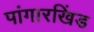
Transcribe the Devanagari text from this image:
पांगारखिंड